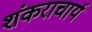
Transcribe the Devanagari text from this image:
शंकराचार्य